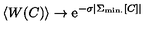
\left< W ( C ) \right> \to \mathrm { e } ^ { - \sigma \left| \Sigma _ { \mathrm { m i n . } } [ C ] \right| }